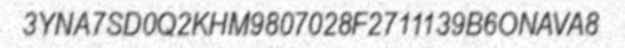
3YNA7SD0Q2KHM9807028F2711139B6ONAVA8